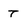
Character: T